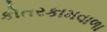
કોતરકામવાળા